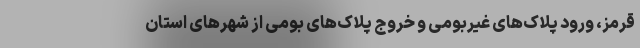
قرمز، ورود پلاک‌های غیربومی و خروج پلاک‌های بومی از شهر‌های استان